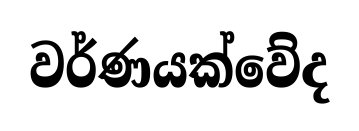
වර්ණයක්වේද